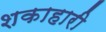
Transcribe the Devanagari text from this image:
शकाहारी